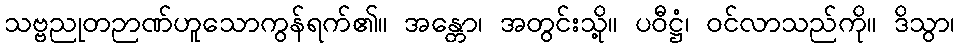
သဗ္ဗညုတဉာဏ်ဟူသောကွန်ရက်၏။ အန္တော၊ အတွင်းသို့။ ပဝီဋ္ဌံ၊ ဝင်လာသည်ကို။ ဒိသွာ၊